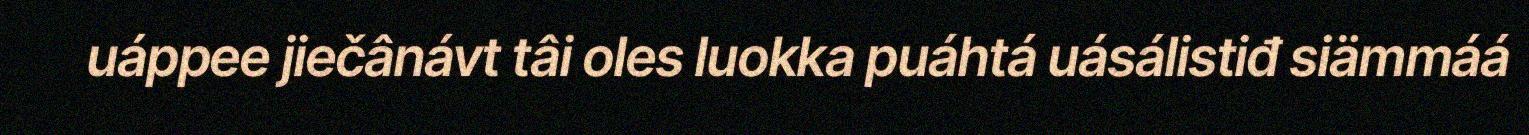
uáppee jiečânávt tâi oles luokka puáhtá uásálistiđ siämmáá